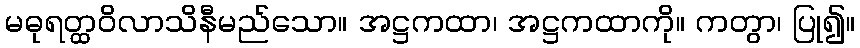
မဓုရတ္ထဝိလာသိနီမည်သော။ အဋ္ဌကထာ၊ အဋ္ဌကထာကို။ ကတွာ၊ ပြု၍။